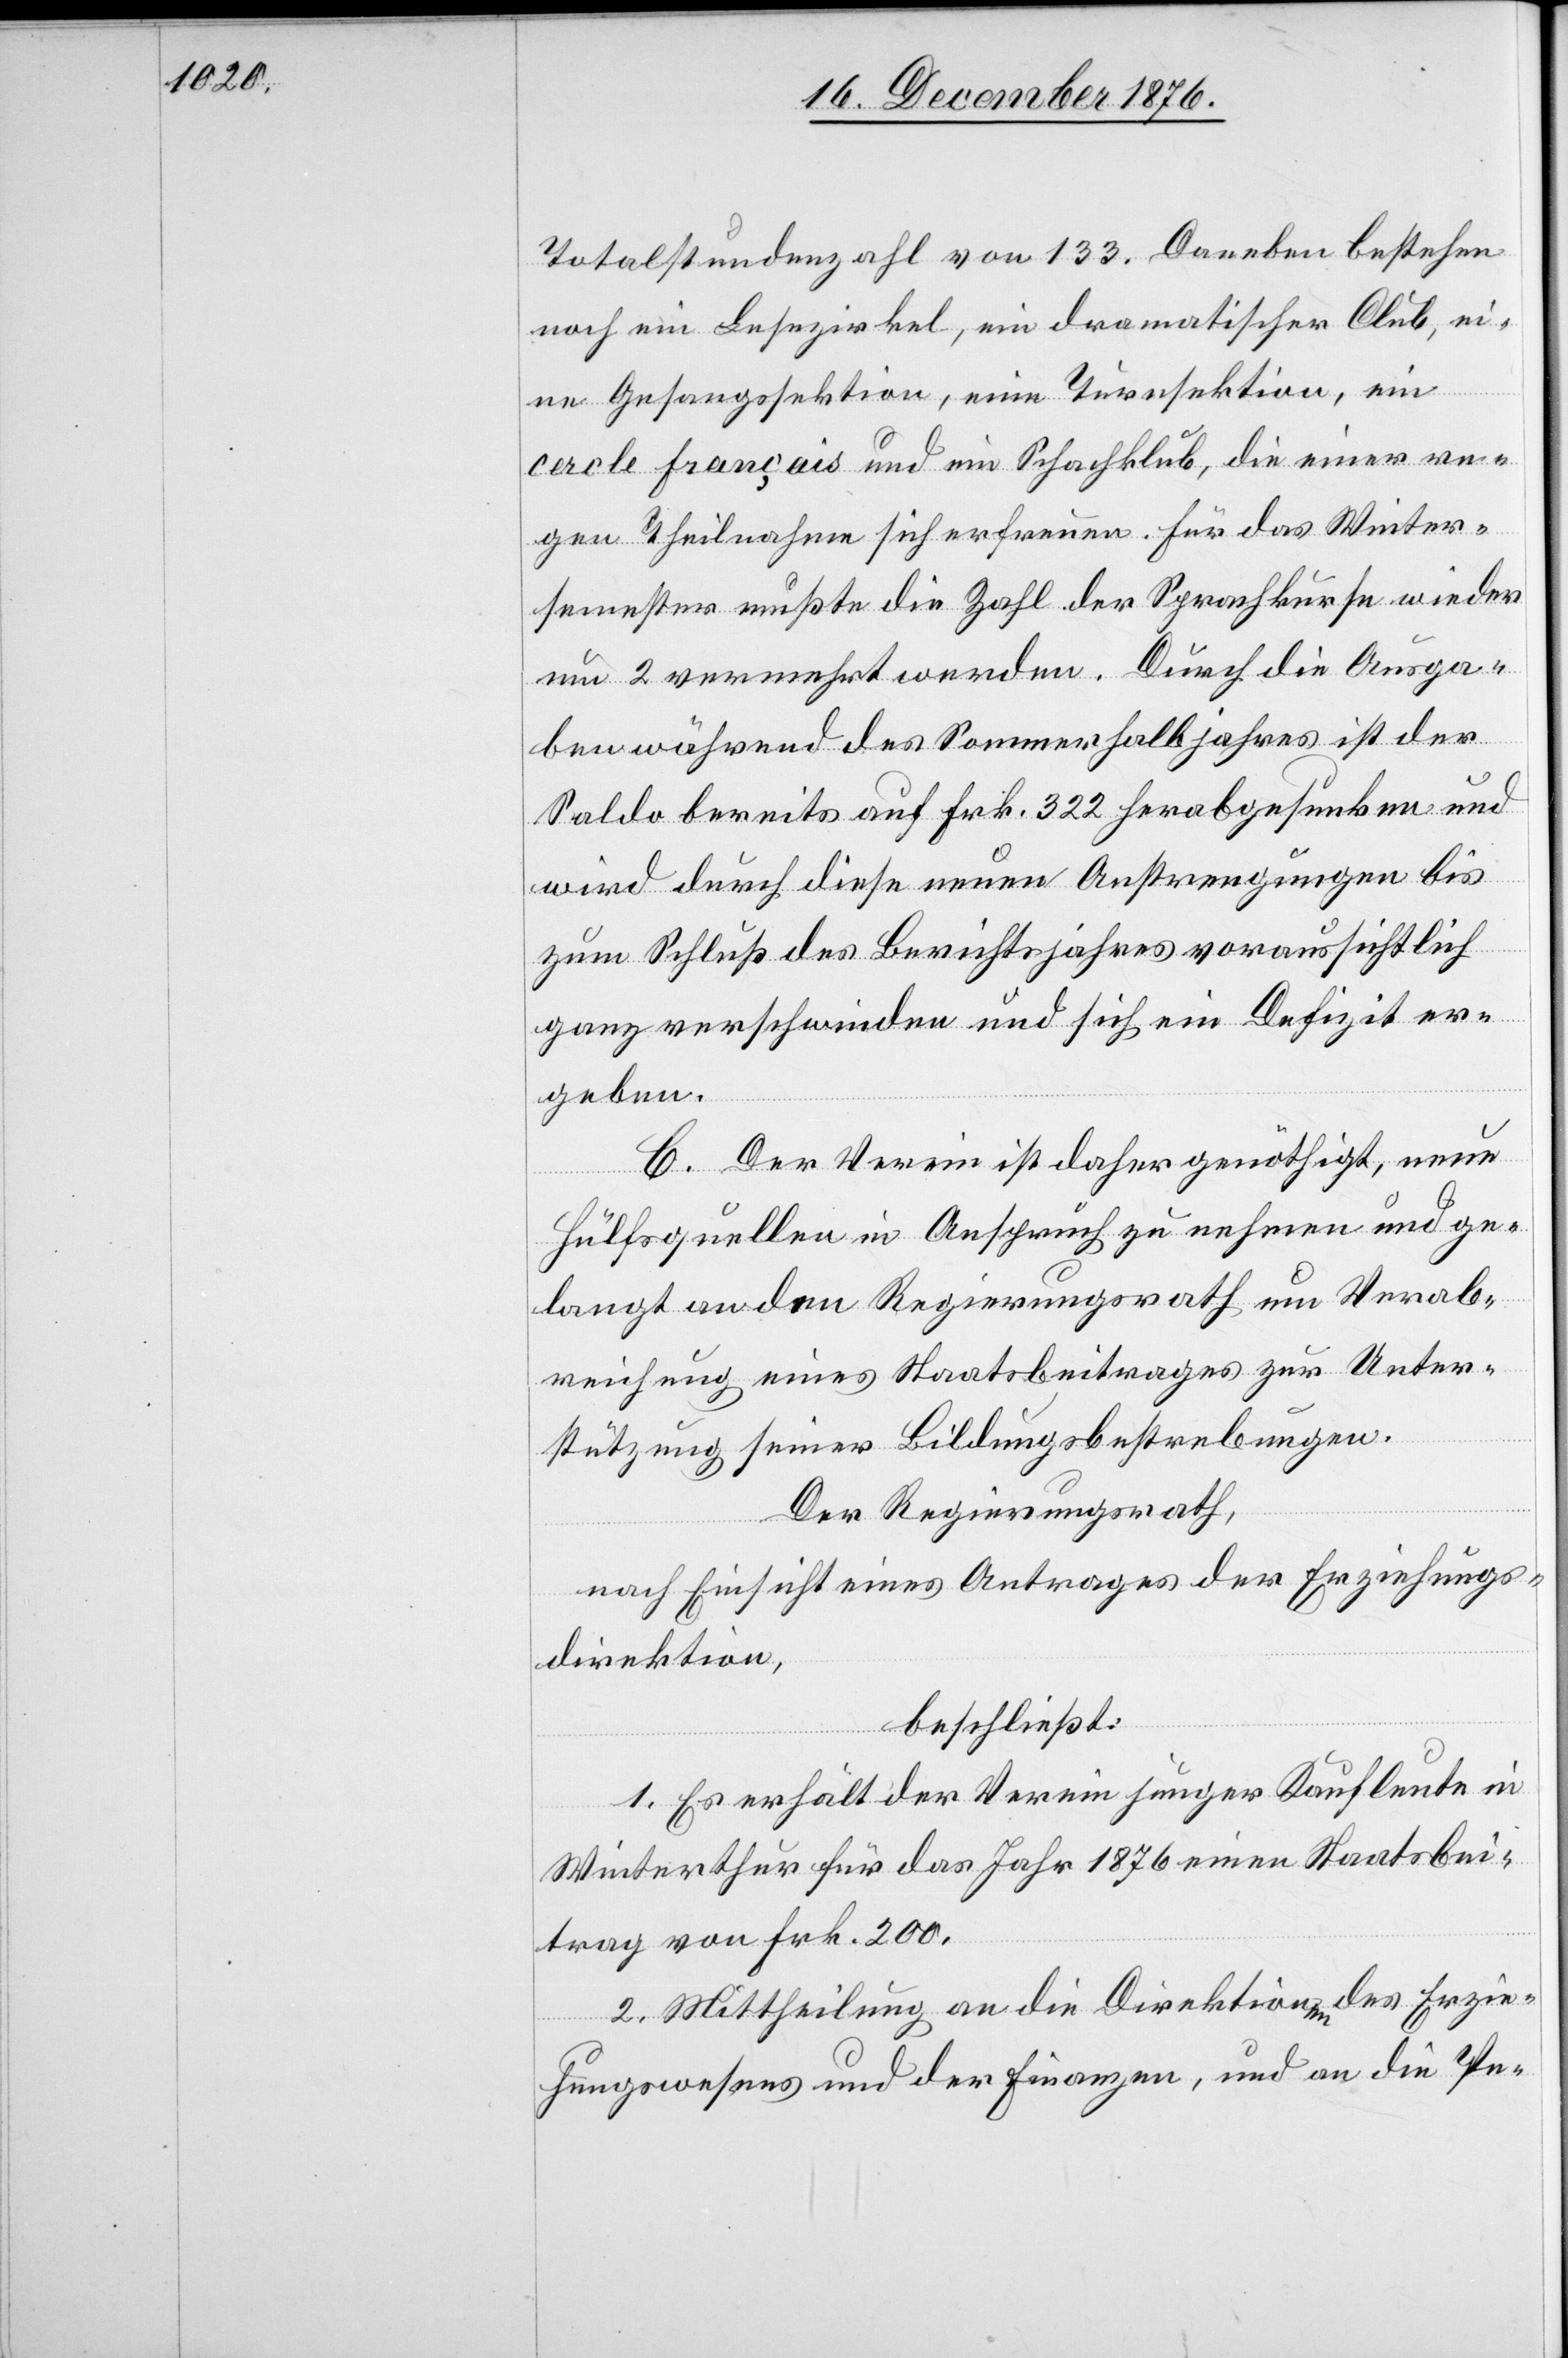
Totalstundenzahl von 133. Daneben bestehen
noch ein Lesezirkel, ein dramatischer Club, ei¬
ne Gesangssektion, eine Turnsektion, ein
cercle français und ein Schachklub, die einer re¬
gen Theilnahme sich erfreuen. Für das Winter¬
semester mußte die Zahl der Sprachkurse wieder
um 2 vermehrt werden. Durch die Ausga¬
ben während des Sommerhalbjahres ist der
Saldo bereits auf Frk. 322 herabgesunken und
wird durch diese neuen Anstrengungen bis
zum Schluß des Berichtsjahres voraussichtlich
ganz verschwinden und sich ein Defizit er¬
geben.
C. Der Verein ist daher genöthigt, neue
Hülfsquellen in Anspruch zu nehmen und ge¬
langt an den Regierungsrath um Verab¬
reichung eines Staatsbeitrages zur Unter¬
stützung seiner Bildungsbestrebungen.
Der Regierungsrath,
nach Einsicht eines Antrages der Erziehungs¬
direktion,
beschließt:
1. Es erhält der Verein junger Kaufleute in
Winterthur für das Jahr 1876 einen Staatsbei¬
trag von Frk. 200.
2. Mittheilung an die Direktionen des Erzie¬
hungswesens und der Finanzen, und an die Pe-